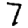
Digit: 7